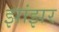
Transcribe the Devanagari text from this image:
झांझर